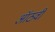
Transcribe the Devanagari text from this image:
ऑठवी